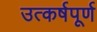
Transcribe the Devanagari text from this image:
उत्कर्षपूर्ण